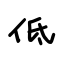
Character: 低